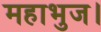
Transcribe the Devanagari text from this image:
महाभुज।